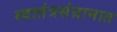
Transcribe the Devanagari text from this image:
स्वातंत्रसंग्रामात